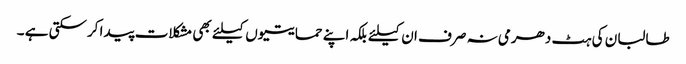
طالبان کی ہٹ دھرمی نہ صرف ان کیلئے بلکہ اپنے حمایتیوں کیلئے بھی مشکلات پیدا کرسکتی ہے ۔